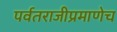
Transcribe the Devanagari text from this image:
पर्वतराजीप्रमाणेच